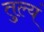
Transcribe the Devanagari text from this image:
तुल्यं